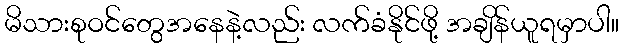
မိသားစုဝင်တွေအနေနဲ့လည်း လက်ခံနိုင်ဖို့ အချိန်ယူရမှာပါ။